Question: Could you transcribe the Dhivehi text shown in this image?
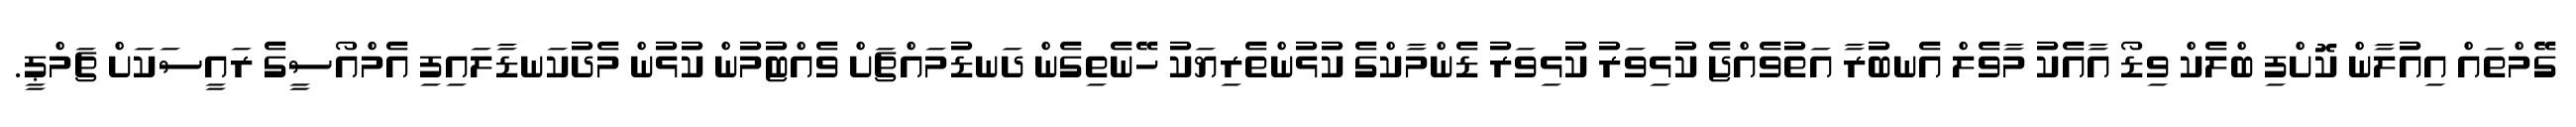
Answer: ގޭމްތައް އިއުލާން ކޮށްފި ބްލެކް ވިޑޯ އާއެކު މާވެލް އެނބުރާ އަތުވެއްޖެ ކުޅިވަރު ކުޅިވަރު ޑެންމާކްގެ ކުޅުންތެރިޔަކު ހޭނެތިގެން ދަނޑުމައްޗަށް ވެއްޓުމުން ކުޅުން މެދުކަނޑާލައިފި އެމްއޯސީގެ ރައީސަކަށް ޗަމްޕީ.